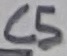
Text: C5